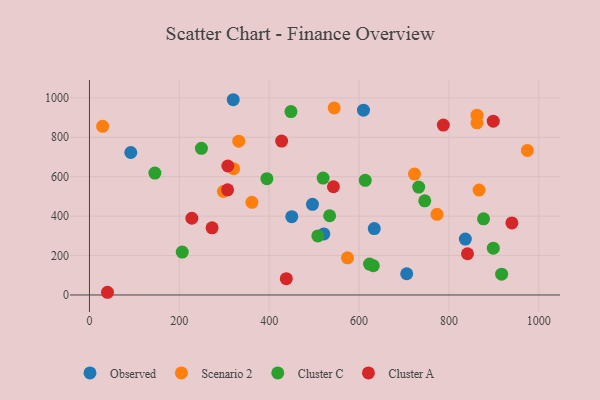
{"axis": {"x": "Engine Size", "y": "Sales"}, "legend": ["Cluster A", "Cluster C", "Observed", "Scenario 2"], "data": [{"x": "320.0", "y": 990.5, "type": "Observed"}, {"x": "609.9", "y": 937.6, "type": "Observed"}, {"x": "836.6", "y": 283.5, "type": "Observed"}, {"x": "450.3", "y": 397.1, "type": "Observed"}, {"x": "92.0", "y": 722.7, "type": "Observed"}, {"x": "633.9", "y": 336.6, "type": "Observed"}, {"x": "521.7", "y": 309.9, "type": "Observed"}, {"x": "496.4", "y": 460.0, "type": "Observed"}, {"x": "706.1", "y": 107.8, "type": "Observed"}, {"x": "361.5", "y": 470.0, "type": "Scenario 2"}, {"x": "544.7", "y": 948.7, "type": "Scenario 2"}, {"x": "298.1", "y": 525.0, "type": "Scenario 2"}, {"x": "867.2", "y": 532.2, "type": "Scenario 2"}, {"x": "974.7", "y": 733.3, "type": "Scenario 2"}, {"x": "574.3", "y": 188.3, "type": "Scenario 2"}, {"x": "332.3", "y": 780.3, "type": "Scenario 2"}, {"x": "723.5", "y": 613.5, "type": "Scenario 2"}, {"x": "862.6", "y": 911.9, "type": "Scenario 2"}, {"x": "320.8", "y": 640.8, "type": "Scenario 2"}, {"x": "773.5", "y": 409.2, "type": "Scenario 2"}, {"x": "862.5", "y": 873.2, "type": "Scenario 2"}, {"x": "29.3", "y": 855.4, "type": "Scenario 2"}, {"x": "917.4", "y": 105.7, "type": "Cluster C"}, {"x": "508.3", "y": 299.7, "type": "Cluster C"}, {"x": "145.6", "y": 618.5, "type": "Cluster C"}, {"x": "877.1", "y": 386.5, "type": "Cluster C"}, {"x": "448.5", "y": 930.5, "type": "Cluster C"}, {"x": "206.5", "y": 217.8, "type": "Cluster C"}, {"x": "249.2", "y": 744.2, "type": "Cluster C"}, {"x": "520.1", "y": 593.0, "type": "Cluster C"}, {"x": "613.8", "y": 581.6, "type": "Cluster C"}, {"x": "534.6", "y": 402.0, "type": "Cluster C"}, {"x": "898.9", "y": 237.4, "type": "Cluster C"}, {"x": "394.9", "y": 589.8, "type": "Cluster C"}, {"x": "631.8", "y": 148.3, "type": "Cluster C"}, {"x": "732.8", "y": 547.2, "type": "Cluster C"}, {"x": "623.4", "y": 157.0, "type": "Cluster C"}, {"x": "746.3", "y": 477.7, "type": "Cluster C"}, {"x": "227.9", "y": 389.2, "type": "Cluster A"}, {"x": "427.7", "y": 780.5, "type": "Cluster A"}, {"x": "787.6", "y": 862.0, "type": "Cluster A"}, {"x": "940.2", "y": 365.4, "type": "Cluster A"}, {"x": "841.4", "y": 209.2, "type": "Cluster A"}, {"x": "543.0", "y": 548.9, "type": "Cluster A"}, {"x": "272.9", "y": 340.9, "type": "Cluster A"}, {"x": "307.5", "y": 533.5, "type": "Cluster A"}, {"x": "308.0", "y": 654.3, "type": "Cluster A"}, {"x": "438.1", "y": 82.9, "type": "Cluster A"}, {"x": "898.8", "y": 881.5, "type": "Cluster A"}, {"x": "40.1", "y": 13.7, "type": "Cluster A"}]}